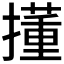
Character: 𫾍